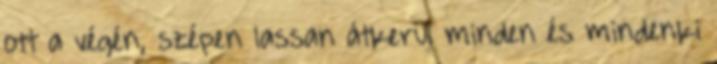
ott a végén, szépen lassan átkerül minden és mindenki